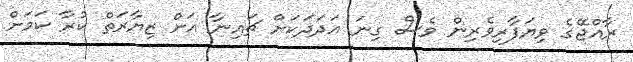
ރާއްޖޭގެ ވިޔަފާރިވެރިން ވެސް ގިނަ އަދަދަކަށް ޗައިނާ އަށް ޒިޔާރަތް ކުރާ ކަމަށް